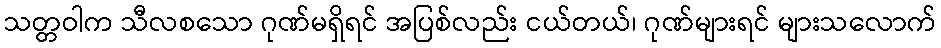
သတ္တဝါက သီလစသော ဂုဏ်မရှိရင် အပြစ်လည်း ငယ်တယ်၊ ဂုဏ်များရင် များသလောက်